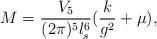
LaTeX: \begin{align*}M={V_5\over (2\pi )^5 l_s^6}({k\over g^2}+\mu ),\end{align*}